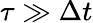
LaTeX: \tau\gg\Delta t